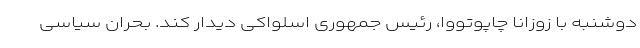
دوشنبه با زوزانا چاپوتووا، رئیس جمهوری اسلواکی دیدار کند. بحران سیاسی